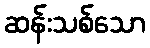
ဆန်းသစ်သော